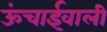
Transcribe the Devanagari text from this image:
ऊंचाईवाली